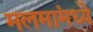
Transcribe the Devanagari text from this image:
मलमांमध्ये